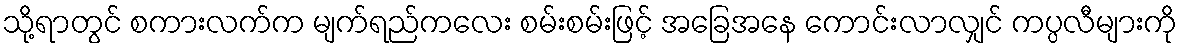
သို့ရာတွင် စကားလက်က မျက်ရည်ကလေး စမ်းစမ်းဖြင့် အခြေအနေ ကောင်းလာလျှင် ကပ္ပလီများကို